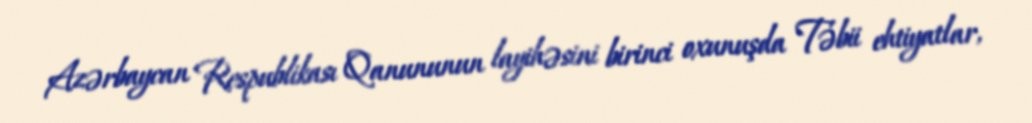
Azərbaycan Respublikası Qanununun layihəsini birinci oxunuşda Təbii ehtiyatlar,